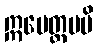
ဣမေတ္တမပိ